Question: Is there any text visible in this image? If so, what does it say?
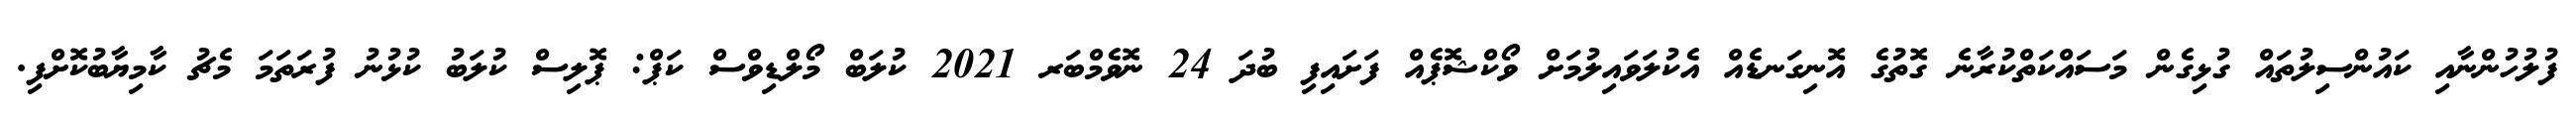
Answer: ފުލުހުންނާއި ކައުންސިލުތައް ގުޅިގެން މަސައްކަތްކުރާނެ ގޮތުގެ އޮނިގަނޑެއް އެކުލަވައިލުމަށް ވޯކްޝޮޕެއް ފަށައިފި ބުދަ 24 ނޮވެމްބަރ 2021 ކުލަބް މޯލްޑިވްސް ކަޕް: ޕޮލިސް ކުލަބު ކުޅުނު ފުރަތަމަ މެޗު ކާމިޔާބުކޮށްފި.